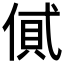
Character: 𠌗